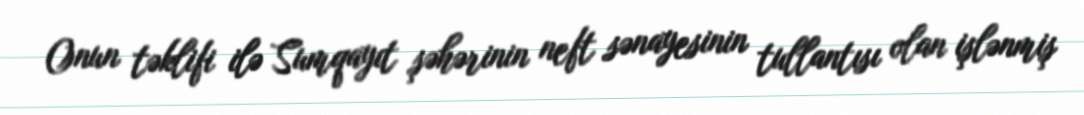
Onun təklifi ilə Sumqayıt şəhərinin neft sənayesinin tullantısı olan işlənmiş